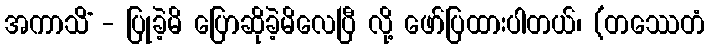
အကာသိံ - ပြုခဲ့မိ ပြောဆိုခဲ့မိလေပြီ လို့ ဖော်ပြထားပါတယ်၊ (တဿေတံ